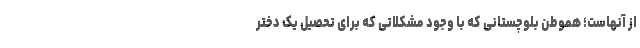
از آنهاست؛ هموطن بلوچستانی که با وجود مشکلاتی که برای تحصیل یک دختر